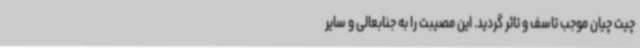
چیت چیان موجب تاسف و تاثر گردید. این مصیبت را به جنابعالی و سایر